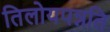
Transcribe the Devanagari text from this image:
तिलोयपन्नति